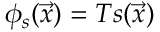
\phi _ { s } ( \vec { x } ) = T s ( \vec { x } )